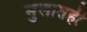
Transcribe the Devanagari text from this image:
मुलातही